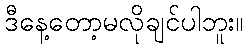
ဒီနေ့တော့မလိုချင်ပါဘူး။